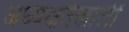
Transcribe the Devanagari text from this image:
अध्यक्षतेखालीं